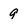
Character: 9